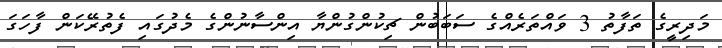
މަދިރީގެ ތަފާތު 3 ވައްތަރެއްގެ ސަބަބުން ޗިކުންގުންޔާ އިންސާނުންގެ މެދުގައި ފެތުރޭކަން ފާހަގަ